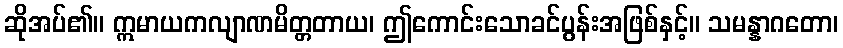
ဆိုအပ်၏။ ဣမာယကလျာဏမိတ္တတာယ၊ ဤကောင်းသောခင်ပွန်းအဖြစ်နှင့်။ သမန္နာဂတော၊